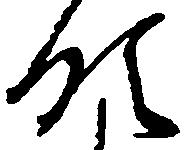
領